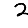
Digit: 2